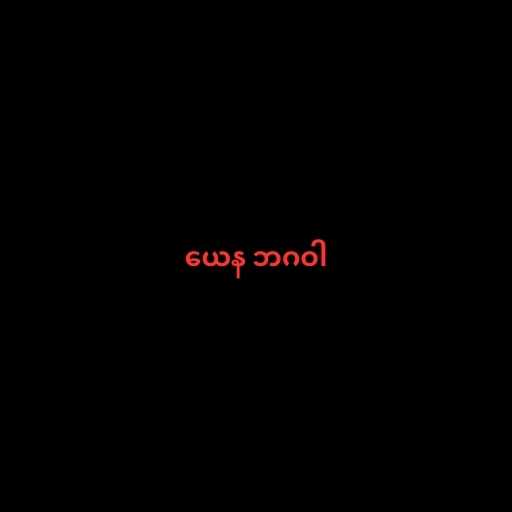
ယေန ဘဂဝါ